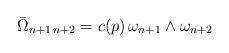
LaTeX: \begin{align*}{\bar \Omega}_{n+1\, n+2} = c(p)\,\omega_{n+1}\wedge \omega_{n+2}\end{align*}